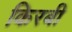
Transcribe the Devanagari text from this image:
किरबी